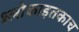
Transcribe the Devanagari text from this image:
श्लोकाइतकाच